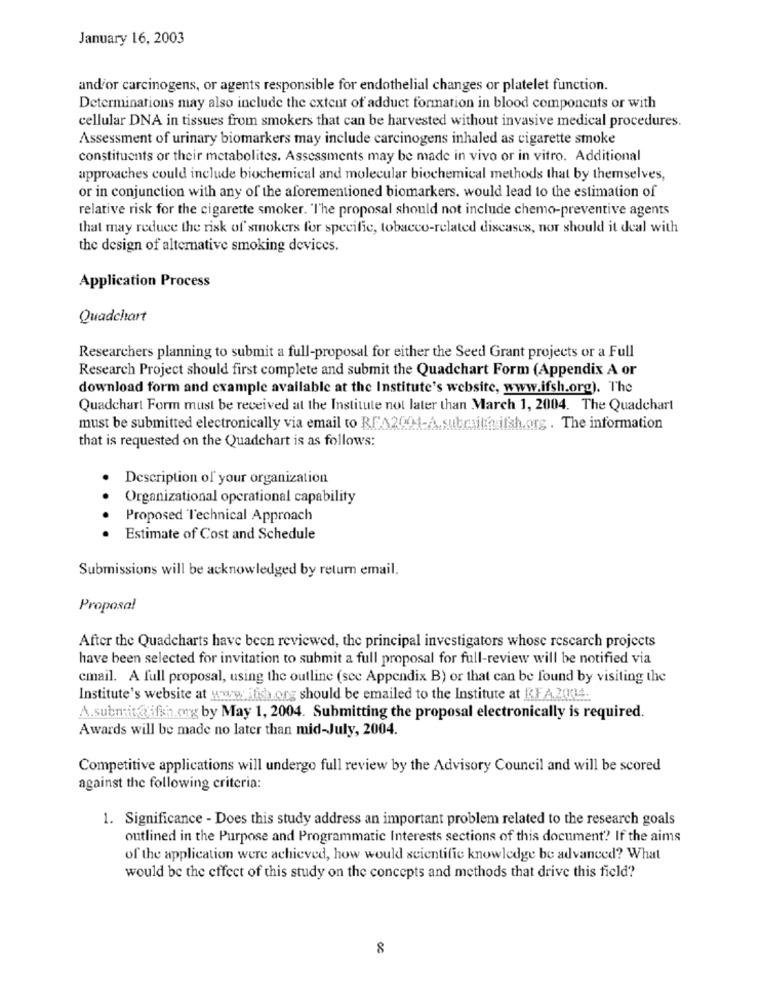
January 16, 2003
and'or carcinogens, or agents responsible for endothelial changes or platelet function.
Determinations may also include the extent of adduct formation in blood components or with
cellular DNA in tissues from smokers that can be harvested without invasive medical procedures.
Assessment of urinary biomarkers may include carcinogens inhaled as cigarette smoke
constituents or their metabolites. Assessments may be made in vivo or in vitro. Additional
approaches could include biochemical and molecular biochemical methods that by themselves,
or in conjunction with any of the aforementioned biomarkers. would lead to the estimation of
relative risk for the cigarette smoker. l'he proposal should not include chemo-preventive agents
that may reduce the risk of smokers for specific, tobacco-related diseases, nor should it deal with
the design of alternative smoking devices.
Application Process
Quadchart
Researchers planning to submit a full-proposal for either the Seed Grant projects or a Full
Research Project should first complete and submit the Quadchart Form (Appendix A or
download form and example available at the Institute's website, www.ifsh.org). The
Quadchart Form must be received at the Institute not later than March 1, 2004. The Quadchart
must be submitted electronically via email to REA2001-A subraith ifsh.org. The information
that is requested on the Quadchart is as follows:
Description of your organization
Organizational operational capability
Proposed Technical Approach
....
Estimate of Cost and Schedule
Submissions will be acknowledged by return email.
Proposal
After the Quadcharts have been reviewed, the principal investigators whose research projects
have been selected for invitation to submit a full proposal for full-review will be notified via
cmail. A full proposal, using the outline (see Appendix B) or that can be found by visiting the
Institute's website at www .. ifish.org should be emailed to the Institute at REA.2004.
A.submit@ ifsh.org by May 1, 2004. Submitting the proposal electronically is required.
Awards will be made no later than mid-July, 2004.
Competitive applications will undergo full review by the Advisory Council and will be scored
against the following criteria:
1. Significance - Does this study address an important problem related to the research goals
outlined in the Purpose and Programmatic Interests sections of this document? If the aims
of the application were achieved, how would scientific knowledge be advanced? What
would be the effect of this study on the concepts and methods that drive this field?
8